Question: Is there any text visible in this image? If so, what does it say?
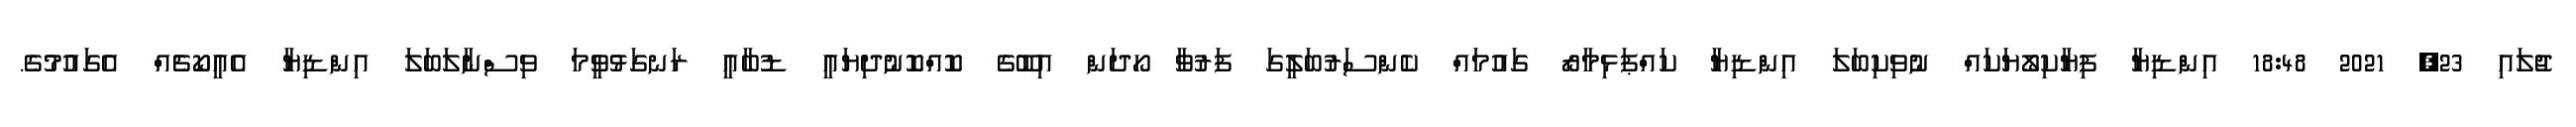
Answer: ޖުލައި 23, 2021 18:48 އިންޑިޔާ ފިޔާކިލޯޔަކައް ނުވިކިބަލަ އިންޑިޔާ ކައްޕަޅިމާރޯ ގައުމައް ކެންސަރުބަލީގަ ފަރުވާ ހޯދަން އިބޫގެ ކޮއްކޮނުދިޔައީ ޑުބާއީ ރަނގަޅުވީމަ ވިސްނާލަބަލަ އިންޑިޔާ އެއީކޯޗެއް އެގައުމުގެ.